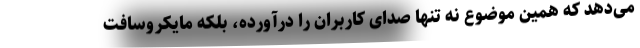
می‌دهد که همین موضوع نه تنها صدای کاربران را درآورده، بلکه مایکروسافت